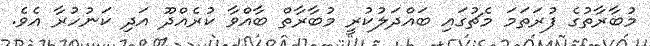
މުބާރާތުގެ ފުރަތަމަ މެޗުގައި ބައްދަލުކުރީ މުބާރާތް ބާއްވާ ކުރެއްދޫ އަދި ކަނުހުރާ އެވެ.